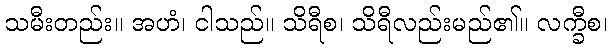
သမီးတည်း။ အဟံ၊ ငါသည်။ သိရီစ၊ သိရီလည်းမည်၏။ လက္ခီစ၊